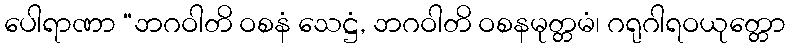
ပေါရာဏာ “ဘဂဝါတိ ဝစနံ သေဋ္ဌံ, ဘဂဝါတိ ဝစနမုတ္တမံ၊ ဂရုဂါရဝယုတ္တော